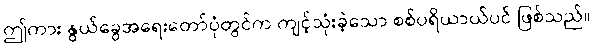
ဤကား နွယ်ခွေအရေးတော်ပုံတွင်က ကျင့်သုံးခဲ့သော စစ်ပရိယာယ်ပင် ဖြစ်သည်။